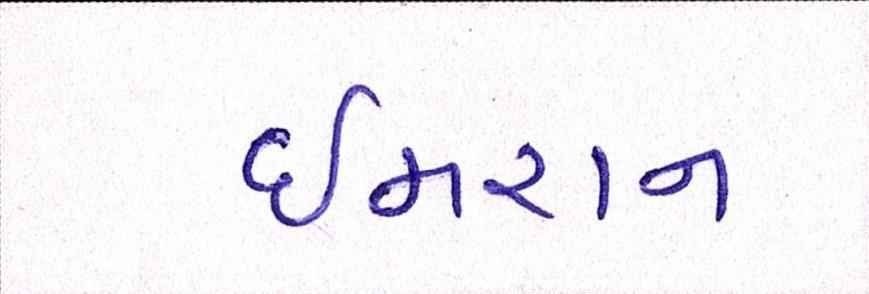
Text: ઈમરાન